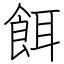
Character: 餌